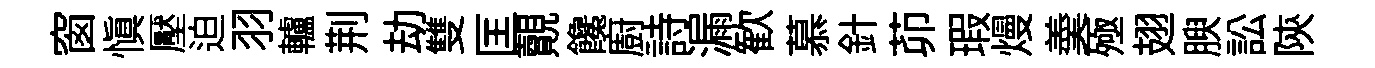
窗慎壓迫羽轤荆劫雙匡覿饞廚詩漏歓慕針茆瑕熳羮殛翅腴訟陝